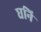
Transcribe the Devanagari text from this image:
घनि